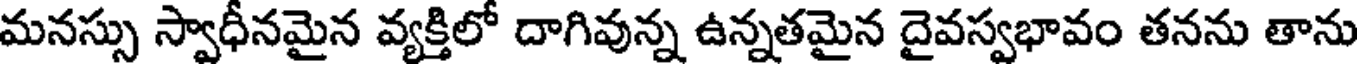
మనస్సు స్వాధీనమైన వ్యక్తిలో దాగివున్న ఉన్నతమైన దైవస్వభావం తనను తాను